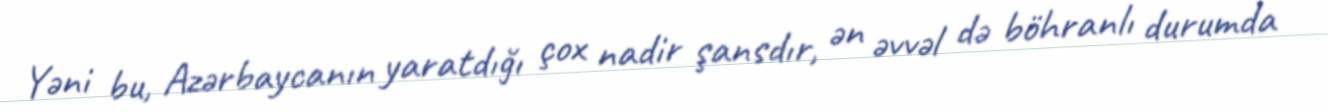
Yəni bu, Azərbaycanın yaratdığı çox nadir şansdır, ən əvvəl də böhranlı durumda